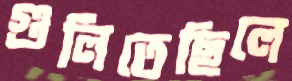
গুলিতেছিলে